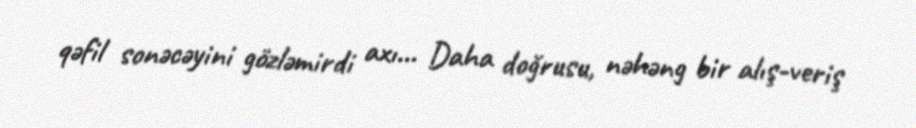
qəfil sonəcəyini gözləmirdi axı... Daha doğrusu, nəhəng bir alış-veriş